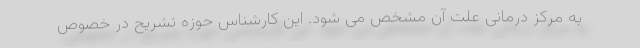
به مرکز درمانی علت آن مشخص می شود. این کارشناس حوزه تشریح در خصوص